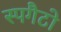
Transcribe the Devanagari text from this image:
स्पगैटो